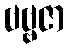
ဗဗ္ဗဇာ